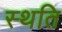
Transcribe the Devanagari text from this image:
स्‍थति